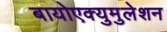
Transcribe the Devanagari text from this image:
बायोएक्युमुलेशन